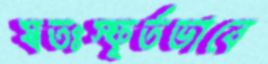
স্বতঃস্ফূর্তভাবে